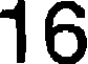
16